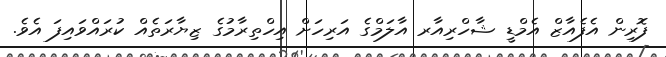
ފޮރިން އެފެއާޒް އެމްޑީ ޝާހްރިއާރ އާލަމްގެ އަރިހަށް އިހްތިރާމުގެ ޒިޔާރަތެއް ކުރައްވައިފަ އެވެ.